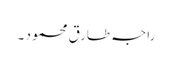
راجہ طارق محمود ۔